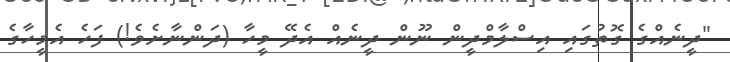
"ދީނެއްގެ ގޮތުގައި އިސްލާމްދީން ނޫން ދީނެއް އެދޭ މީހާ (ދަންނާށެވެ!) ފަހެ އެމީހާގެ